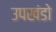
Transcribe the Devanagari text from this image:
उपखंडो